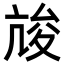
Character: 𡕧